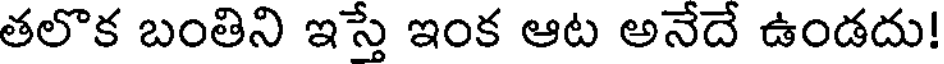
తలొక బంతిని ఇస్తే ఇంక ఆట అనేదే ఉండదు!